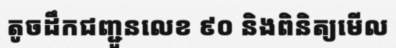
តូចដឹកជញ្ជូនលេខ ៩០ និងពិនិត្យមើល